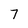
Character: 7